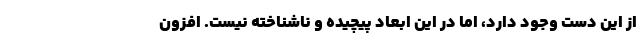
از این دست وجود دارد، اما در این ابعاد پیچیده و ناشناخته نیست. افزون